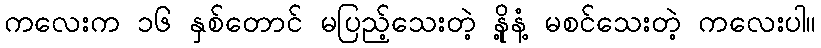
ကလေးက ၁၆ နှစ်တောင် မပြည့်သေးတဲ့ နို့နံ့ မစင်သေးတဲ့ ကလေးပါ။